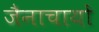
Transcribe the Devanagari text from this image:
जैनाचायों